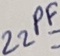
Text: 22PF